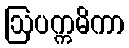
ဩပက္ကမိကာ